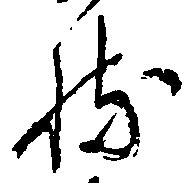
持